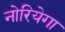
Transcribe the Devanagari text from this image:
नोरियेगा